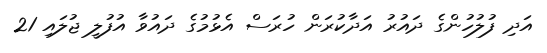
އަދި ފުލުހުންގެ ދައުރު އަދާކުރަން ހުރަސް އެޅުމުގެ ދައުވާ އުފުލީ ޖުލައި 21